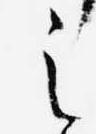
之